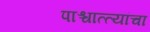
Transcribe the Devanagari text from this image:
पाश्चात्त्यांचा